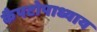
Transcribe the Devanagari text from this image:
कैपटोपाध्याय